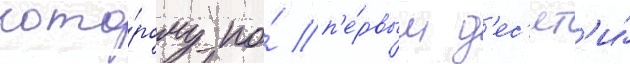
кото́рому по́ п'е́рвым д'ес'ят'и́